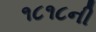
૧૮૧૮ની